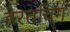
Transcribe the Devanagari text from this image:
हेरतविग